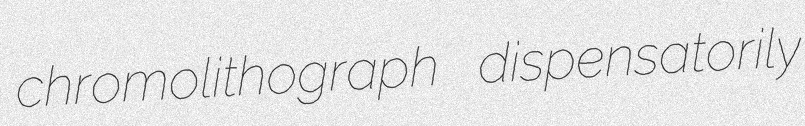
chromolithograph dispensatorily